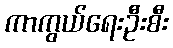
ကာကွယ်ရေးဦးစီး